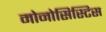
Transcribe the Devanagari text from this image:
मोनोसिस्टिस